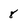
Character: 8